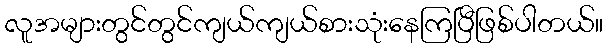
လူအများတွင်တွင်ကျယ်ကျယ်စားသုံးနေကြပြီဖြစ်ပါတယ်။